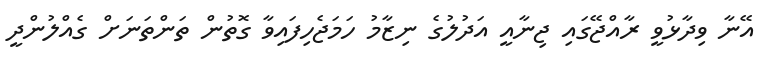
އޭނާ ވިދާޅުވީ ރާއްޖޭގައި ޖިނާއީ އަދުލުގެ ނިޒާމު ހަމަޖެހިފައިވާ ގޮތުން ތަންތަނަށް ގެއްލުންދީ